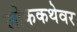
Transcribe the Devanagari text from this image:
लोककथेवर